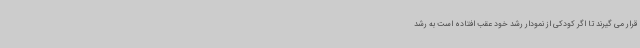
قرار می گیرند تا اگر کودکی از نمودار رشد خود عقب افتاده است به رشد